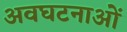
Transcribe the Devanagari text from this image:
अवघटनाओं